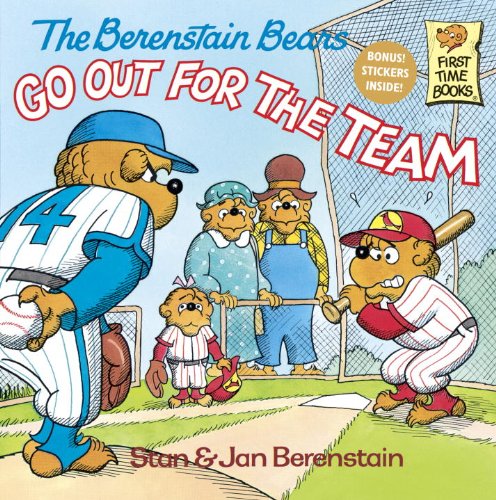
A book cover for The Berenstain Bears Go Out for the Team; Stan Berenstain; Children's Books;